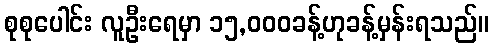
စုစုပေါင်း လူဦးရေမှာ ၁၅,၀၀၀ခန့်ဟုခန့်မှန်းရသည်။